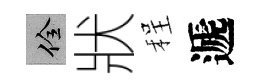
佺狀程遞